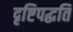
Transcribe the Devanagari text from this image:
दृष्टिपद्धति